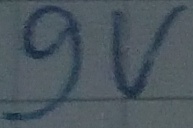
Text: 9V